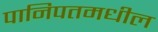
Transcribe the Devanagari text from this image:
पानिपतमधील